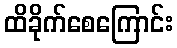
ထိခိုက်စေကြောင်း